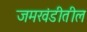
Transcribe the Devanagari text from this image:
जमखंडीतील